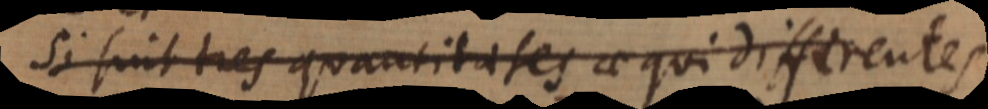
Si sint tres quantitates aequidifferentes